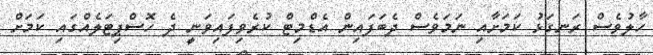
ހާލުވެސް ރަނގަޅު ކަމަށާއި ނަމަވެސް ދެބަފައިން އެޑްމިޓް ކުރެވިފައިވަނީ ދެ ހޮސްޕިޓަލެއްގައި ކަމަށް